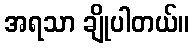
အရသာ ချိုပါတယ်။